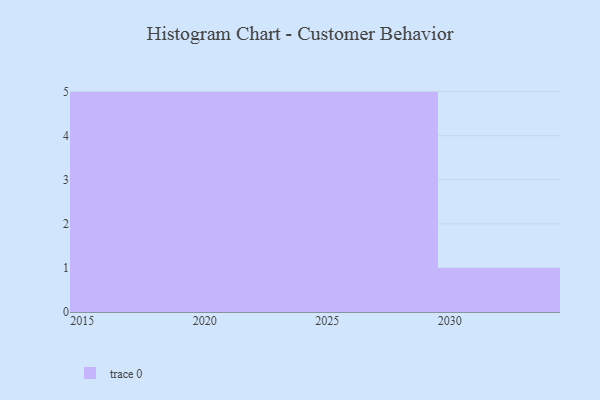
{"axis": {"x": "Year", "y": "Market Share (%)"}, "legend": [""], "data": [{"x": "2020", "y": 11, "type": ""}, {"x": "2016", "y": 15, "type": ""}, {"x": "2030", "y": 27, "type": ""}, {"x": "2017", "y": 50, "type": ""}, {"x": "2021", "y": 20, "type": ""}, {"x": "2022", "y": 23, "type": ""}, {"x": "2028", "y": 72, "type": ""}, {"x": "2023", "y": 30, "type": ""}, {"x": "2026", "y": 10, "type": ""}, {"x": "2018", "y": 89, "type": ""}, {"x": "2015", "y": 95, "type": ""}, {"x": "2029", "y": 100, "type": ""}, {"x": "2027", "y": 42, "type": ""}, {"x": "2025", "y": 5, "type": ""}, {"x": "2019", "y": 95, "type": ""}, {"x": "2024", "y": 21, "type": ""}]}